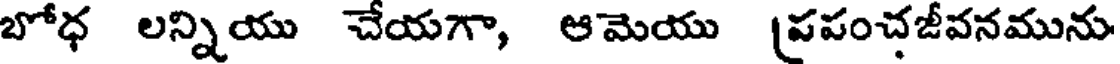
బోధ లన్నియు చేయగా, ఆమెయు (పపంచజీవనమును